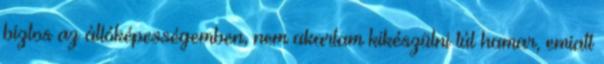
biztos az állóképességemben, nem akartam kikészülni túl hamar, emiatt